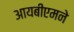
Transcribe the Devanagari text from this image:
आयबीएमने